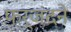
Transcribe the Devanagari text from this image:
फर्जंदने